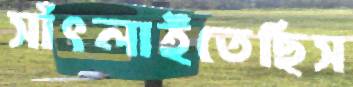
সাঁৎলাইতেছিস